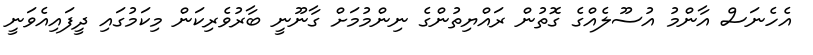
އެހެނަސް އާންމު އުސޫލެއްގެ ގޮތުން ރައްޔިތުންގެ ނިންމުމަށް ގާނޫނީ ބާރުވެރިކަން މިކަމުގައި ދީފައިއެވަނީ